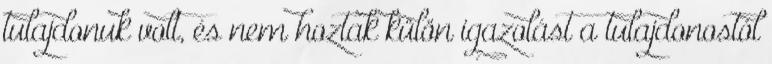
tulajdonuk volt, és nem hoztak külön igazolást a tulajdonostól